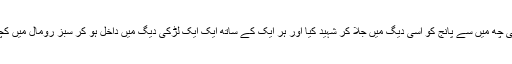
بادشاہ نے ایک ایک کرکے باقی چھ میں سے پانج کو اسی دیگ میں جلا کر شہید کیا اور ہر ایک کے ساتھ ایک ایک لڑکی دیگ میں داخل ہو کر سبز رومال میں کچھ ڈال کر آسمان پر جاتی رہی ۔